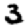
Digit: 3